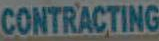
CONTRACTING